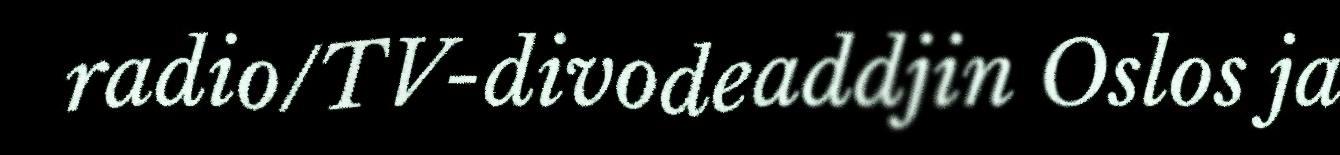
radio/TV-divodeaddjin Oslos ja